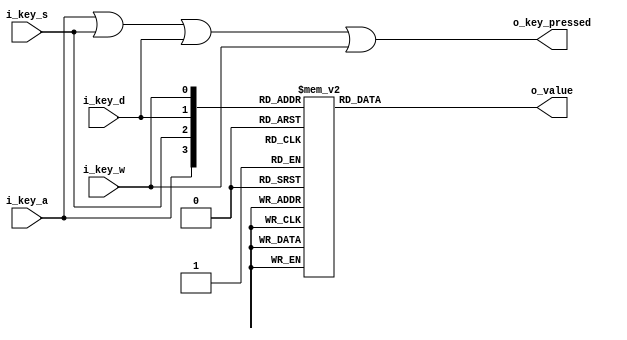
module multiple_keypress_encoder #(
    parameter  DATA_WIDTH=8
)(
    input i_key_a,
    input i_key_s,
    input i_key_d,
    input i_key_w,
    output reg [DATA_WIDTH-1:0] o_value,
    output o_key_pressed
);
    localparam [DATA_WIDTH-1:0] lp_a_value = 'h61;
    localparam [DATA_WIDTH-1:0] lp_s_value = 'h73;
    localparam [DATA_WIDTH-1:0] lp_d_value = 'h64;
    localparam [DATA_WIDTH-1:0] lp_w_value = 'h77;

    localparam [DATA_WIDTH-1:0] lp_wa_value = 'h23; //#
    localparam [DATA_WIDTH-1:0] lp_wd_value = 'h24; //$
    localparam [DATA_WIDTH-1:0] lp_sa_value = 'h25; //%
    localparam [DATA_WIDTH-1:0] lp_sd_value = 'h26; //&

    always @(i_key_a, i_key_s, i_key_d, i_key_w)
        case({i_key_a, i_key_s, i_key_d, i_key_w})
            4'b0000: o_value <= 0; //null
            4'b1000: o_value <= lp_a_value;
            4'b0100: o_value <= lp_s_value;
            4'b0010: o_value <= lp_d_value;
            4'b0001: o_value <= lp_w_value;
            4'b1001: o_value <= lp_wa_value;
            4'b0011: o_value <= lp_wd_value;
            4'b1100: o_value <= lp_sa_value;
            4'b0110: o_value <= lp_sd_value;
            default: o_value <= 0; //null
        endcase

    assign o_key_pressed = i_key_a | i_key_s | i_key_d | i_key_w;
endmodule